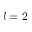
l = 2